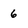
Character: 6